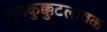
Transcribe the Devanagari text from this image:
मेषकुक्कुटलावक